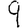
Digit: 9